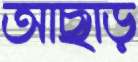
আছাড়